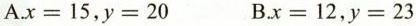
A.$$x = 1 5$$,$$y = 2 0$$ B.$$x = 1 2$$,$$y = 2 3$$